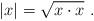
LaTeX: \begin{align*}|x| = \sqrt{x \cdot x} \ .\end{align*}